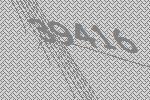
39416